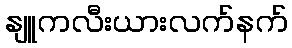
နျူကလီးယားလက်နက်